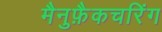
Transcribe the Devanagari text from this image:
मैनुफ़ैकचरिंग